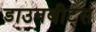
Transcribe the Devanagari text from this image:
डाउनबीट्स